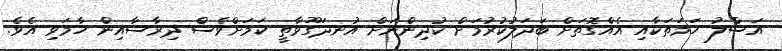
އަސްލު ހަމަތަކާއި އެއްގޮތަށް ބަދަލުކުރުމަށް ކުދިންނަށް އުނދަގޫވާތީ ކަމަށްވެސް ދިރާސާއިން ހާމަވި އެވެ.